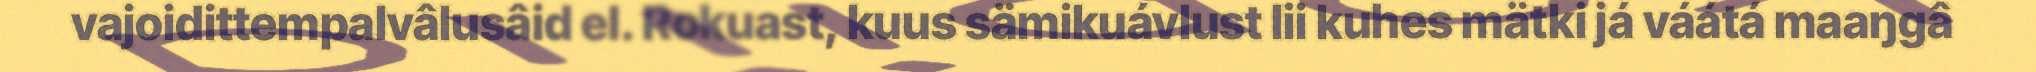
vajoidittempalvâlusâid el. Rokuast, kuus sämikuávlust lii kuhes mätki já váátá maaŋgâ